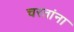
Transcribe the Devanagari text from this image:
चरतांना